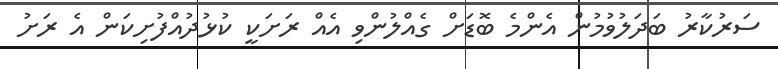
ސަރުކާރު ބަދަލުވުމުން އެންމެ ބޮޑަށް ގެއްލުންވި އެއް ރަށަކީ ކުޅުދުއްފުށިކަން އެ ރަށު